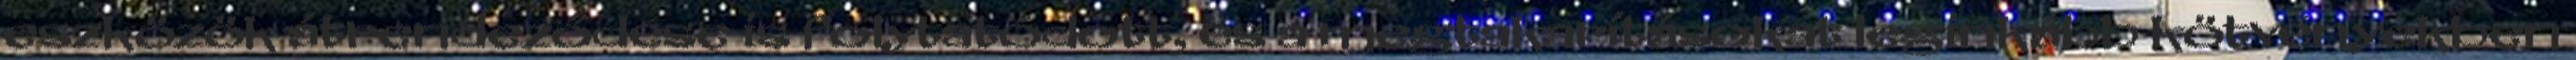
eszközök átrendeződése is folytatódott, és a megtakarításokat leginkább kötvényekben